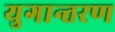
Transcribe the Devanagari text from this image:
युगान्तरण